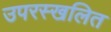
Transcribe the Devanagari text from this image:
उपरस्खलित